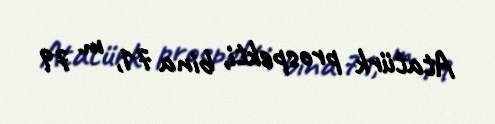
Atatürk prospekti, bina 71, m. 79